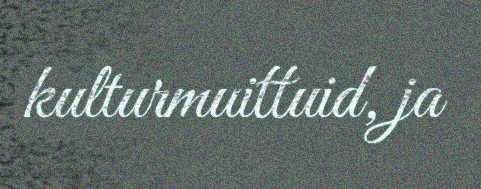
kulturmuittuid, ja